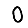
Digit: 0